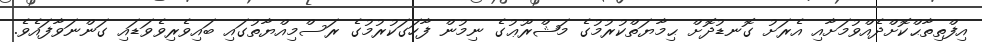
އިފްތިތާޙްކޮށްދެއްވުމަށާއި އެރަށު ގޮނޑުދޮށް ޙިމާޔަތްކުރުމުގެ މަޝްރޫޢުގެ ނިމުން ފާހަގަކުރުމުގެ ރަސްމިއްޔާތުގައި ބައިވެރިވެވަޑައި ގަންނަވާފައެވެ.